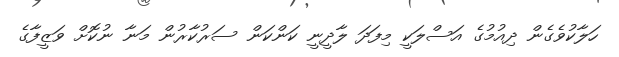
ހަލާކުވެގެން ދިއުމުގެ އަސްލަކީ މިފަދަ ލާދީނީ ކަންކަން ސަރުކާރުން މަނާ ނުކޮށް ވަޒީފާގެ